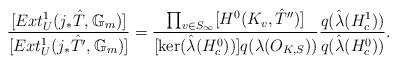
LaTeX: \begin{align*}\frac{[Ext^1_U(j_{*}\hat{T},\mathbb{G}_m)]}{[Ext^1_U(j_{*}\hat{T}',\mathbb{G}_m)]}=\frac{\prod_{v\in S_{\infty}}[H^0(K_v,\hat{T}'')]}{ [\ker(\hat{\lambda}(H^0_c))]q(\lambda(O_{K,S}))}\frac{q(\hat{\lambda}(H^1_c))}{q(\hat{\lambda}(H^0_c))}.\end{align*}